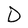
Character: D